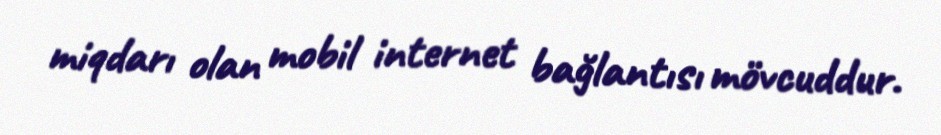
miqdarı olan mobil internet bağlantısı mövcuddur.